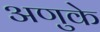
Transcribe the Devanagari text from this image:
अणुके